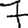
Digit: 7